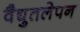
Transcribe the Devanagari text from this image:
वैद्युतलेपन